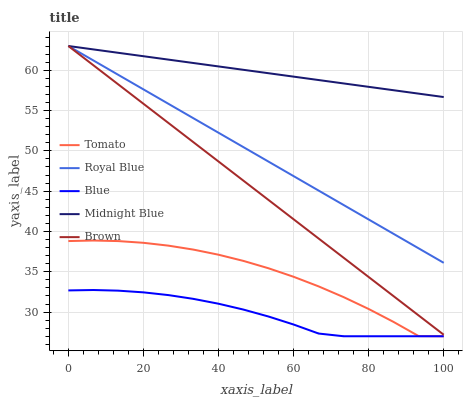
| xaxis_label | Tomato | Royal Blue | Blue | Midnight Blue | Brown |
 | --- | --- | --- | --- | --- | --- |
 | 0 | 38.8 | 63 | 32.7 | 63 | 63 |
 | 6.67 | 38.9 | 61.2 | 32.7 | 62.6 | 60.6 |
 | 13.3 | 38.8 | 59.4 | 32.7 | 62.2 | 58.2 |
 | 20 | 38.6 | 57.6 | 32.4 | 61.7 | 55.8 |
 | 26.7 | 38.2 | 55.8 | 32.1 | 61.3 | 53.4 |
 | 33.3 | 37.7 | 54 | 31.6 | 60.9 | 51.1 |
 | 40 | 37.1 | 52.2 | 31 | 60.5 | 48.7 |
 | 46.7 | 36.3 | 50.4 | 30.3 | 60 | 46.3 |
 | 53.3 | 35.4 | 48.7 | 29.4 | 59.6 | 43.9 |
 | 60 | 34.4 | 46.9 | 28.5 | 59.2 | 41.5 |
 | 66.7 | 33.2 | 45.1 | 27.3 | 58.8 | 39.1 |
 | 73.3 | 31.9 | 43.3 | 27 | 58.4 | 36.7 |
 | 80 | 30.4 | 41.5 | 27 | 57.9 | 34.3 |
 | 86.7 | 28.8 | 39.7 | 27 | 57.5 | 32 |
 | 93.3 | 27 | 37.9 | 27 | 57.1 | 29.6 |
 | 100 | 27 | 36.1 | 27 | 56.7 | 27.2 |